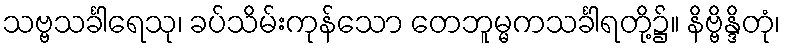
သဗ္ဗသင်္ခါရေသု၊ ခပ်သိမ်းကုန်သော တေဘူမ္မကသင်္ခါရတို့၌။ နိဗ္ဗိန္ဒိတုံ၊